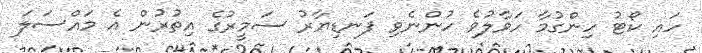
ހައި ކޯޓު ހިންގުމާ ހަވާލުވެ ހުންނެވި ފަނޑިޔާރު ސަމީރުގެ އިތުރުން އެ މައްސަލަ